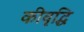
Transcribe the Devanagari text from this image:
कीवृद्धि